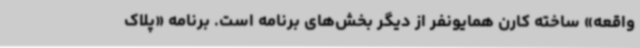
واقعه» ساخته کارن همایونفر از دیگر بخش‌های برنامه است. برنامه «پلاک